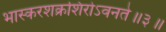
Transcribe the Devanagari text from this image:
भास्करशक्रशिरोऽवनते॥३॥